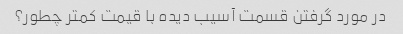
در مورد گرفتن قسمت آسیب دیده با قیمت کمتر چطور؟